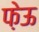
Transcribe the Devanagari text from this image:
फ़ेऊ